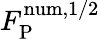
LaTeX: F_{\mathrm{P}}^{\mathrm{num,1/2}}